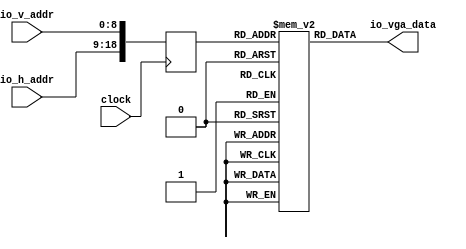
module vmem(
  input         clock,
  input  [9:0]  io_h_addr,
  input  [8:0]  io_v_addr,
  output [23:0] io_vga_data
);
`ifdef RANDOMIZE_REG_INIT
  reg [31:0] _RAND_0;
  reg [31:0] _RAND_1;
`endif // RANDOMIZE_REG_INIT
  reg [23:0] mem [0:524287]; // @[exp8.scala 76:26]
  wire  mem_io_vga_data_MPORT_en; // @[exp8.scala 76:26]
  wire [18:0] mem_io_vga_data_MPORT_addr; // @[exp8.scala 76:26]
  wire [23:0] mem_io_vga_data_MPORT_data; // @[exp8.scala 76:26]
  reg  mem_io_vga_data_MPORT_en_pipe_0;
  reg [18:0] mem_io_vga_data_MPORT_addr_pipe_0;
  assign mem_io_vga_data_MPORT_en = mem_io_vga_data_MPORT_en_pipe_0;
  assign mem_io_vga_data_MPORT_addr = mem_io_vga_data_MPORT_addr_pipe_0;
  assign mem_io_vga_data_MPORT_data = mem[mem_io_vga_data_MPORT_addr]; // @[exp8.scala 76:26]
  assign io_vga_data = mem_io_vga_data_MPORT_data; // @[exp8.scala 83:17]
  always @(posedge clock) begin
    mem_io_vga_data_MPORT_en_pipe_0 <= 1'h1;
    if (1'h1) begin
      mem_io_vga_data_MPORT_addr_pipe_0 <= {io_h_addr,io_v_addr};
    end
  end
// Register and memory initialization
`ifdef RANDOMIZE_GARBAGE_ASSIGN
`define RANDOMIZE
`endif
`ifdef RANDOMIZE_INVALID_ASSIGN
`define RANDOMIZE
`endif
`ifdef RANDOMIZE_REG_INIT
`define RANDOMIZE
`endif
`ifdef RANDOMIZE_MEM_INIT
`define RANDOMIZE
`endif
`ifndef RANDOM
`define RANDOM $random
`endif
  integer initvar;
`ifndef SYNTHESIS
`ifdef FIRRTL_BEFORE_INITIAL
`FIRRTL_BEFORE_INITIAL
`endif
initial begin
  `ifdef RANDOMIZE
    `ifdef INIT_RANDOM
      `INIT_RANDOM
    `endif
    `ifndef VERILATOR
      `ifdef RANDOMIZE_DELAY
        #`RANDOMIZE_DELAY begin end
      `else
        #0.002 begin end
      `endif
    `endif
`ifdef RANDOMIZE_REG_INIT
  _RAND_0 = {1{`RANDOM}};
  mem_io_vga_data_MPORT_en_pipe_0 = _RAND_0[0:0];
  _RAND_1 = {1{`RANDOM}};
  mem_io_vga_data_MPORT_addr_pipe_0 = _RAND_1[18:0];
`endif // RANDOMIZE_REG_INIT
  `endif // RANDOMIZE
  $readmemh("picture.hex", mem);
end // initial
`ifdef FIRRTL_AFTER_INITIAL
`FIRRTL_AFTER_INITIAL
`endif
`endif // SYNTHESIS
endmodule
module vga_ctrl(
  input         clock,
  input         reset,
  input  [23:0] io_vga_data,
  output [9:0]  io_h_addr,
  output [9:0]  io_v_addr,
  output        io_hsync,
  output        io_vsync,
  output        io_valid,
  output [7:0]  io_vga_r,
  output [7:0]  io_vga_g,
  output [7:0]  io_vga_b
);
`ifdef RANDOMIZE_REG_INIT
  reg [31:0] _RAND_0;
  reg [31:0] _RAND_1;
`endif // RANDOMIZE_REG_INIT
  reg [9:0] x_cnt; // @[exp8.scala 34:24]
  reg [9:0] y_cnt; // @[exp8.scala 35:24]
  wire  _T_1 = x_cnt == 10'h320; // @[exp8.scala 39:16]
  wire [9:0] _x_cnt_T_1 = x_cnt + 10'h1; // @[exp8.scala 44:24]
  wire  _T_6 = y_cnt == 10'h20d & _T_1; // @[exp8.scala 47:49]
  wire [9:0] _y_cnt_T_1 = y_cnt + 10'h1; // @[exp8.scala 52:24]
  wire  h_valid = x_cnt > 10'h90 & x_cnt <= 10'h310; // @[exp8.scala 57:56]
  wire  v_valid = y_cnt > 10'h23 & y_cnt <= 10'h203; // @[exp8.scala 58:56]
  wire [9:0] _io_h_addr_T_1 = x_cnt - 10'h91; // @[exp8.scala 61:37]
  wire [9:0] _io_v_addr_T_1 = y_cnt - 10'h24; // @[exp8.scala 62:37]
  assign io_h_addr = h_valid ? _io_h_addr_T_1 : 10'h0; // @[exp8.scala 61:21]
  assign io_v_addr = v_valid ? _io_v_addr_T_1 : 10'h0; // @[exp8.scala 62:21]
  assign io_hsync = x_cnt > 10'h60; // @[exp8.scala 55:23]
  assign io_vsync = y_cnt > 10'h2; // @[exp8.scala 56:23]
  assign io_valid = h_valid & v_valid; // @[exp8.scala 59:25]
  assign io_vga_r = io_vga_data[23:16]; // @[exp8.scala 64:28]
  assign io_vga_g = io_vga_data[15:8]; // @[exp8.scala 65:28]
  assign io_vga_b = io_vga_data[7:0]; // @[exp8.scala 66:28]
  always @(posedge clock) begin
    if (reset) begin // @[exp8.scala 34:24]
      x_cnt <= 10'h0; // @[exp8.scala 34:24]
    end else if (_T_1) begin // @[exp8.scala 40:5]
      x_cnt <= 10'h1; // @[exp8.scala 41:15]
    end else begin
      x_cnt <= _x_cnt_T_1; // @[exp8.scala 44:15]
    end
    if (reset) begin // @[exp8.scala 35:24]
      y_cnt <= 10'h0; // @[exp8.scala 35:24]
    end else if (_T_6) begin // @[exp8.scala 48:5]
      y_cnt <= 10'h1; // @[exp8.scala 49:15]
    end else if (_T_1) begin // @[exp8.scala 51:5]
      y_cnt <= _y_cnt_T_1; // @[exp8.scala 52:15]
    end
  end
// Register and memory initialization
`ifdef RANDOMIZE_GARBAGE_ASSIGN
`define RANDOMIZE
`endif
`ifdef RANDOMIZE_INVALID_ASSIGN
`define RANDOMIZE
`endif
`ifdef RANDOMIZE_REG_INIT
`define RANDOMIZE
`endif
`ifdef RANDOMIZE_MEM_INIT
`define RANDOMIZE
`endif
`ifndef RANDOM
`define RANDOM $random
`endif
`ifdef RANDOMIZE_MEM_INIT
  integer initvar;
`endif
`ifndef SYNTHESIS
`ifdef FIRRTL_BEFORE_INITIAL
`FIRRTL_BEFORE_INITIAL
`endif
initial begin
  `ifdef RANDOMIZE
    `ifdef INIT_RANDOM
      `INIT_RANDOM
    `endif
    `ifndef VERILATOR
      `ifdef RANDOMIZE_DELAY
        #`RANDOMIZE_DELAY begin end
      `else
        #0.002 begin end
      `endif
    `endif
`ifdef RANDOMIZE_REG_INIT
  _RAND_0 = {1{`RANDOM}};
  x_cnt = _RAND_0[9:0];
  _RAND_1 = {1{`RANDOM}};
  y_cnt = _RAND_1[9:0];
`endif // RANDOMIZE_REG_INIT
  `endif // RANDOMIZE
end // initial
`ifdef FIRRTL_AFTER_INITIAL
`FIRRTL_AFTER_INITIAL
`endif
`endif // SYNTHESIS
endmodule
module exp8(
  input        clock,
  input        reset,
  output       io_hsync,
  output       io_vsync,
  output       io_valid,
  output [7:0] io_vga_r,
  output [7:0] io_vga_g,
  output [7:0] io_vga_b
);
  wire  mem_clock; // @[exp8.scala 98:21]
  wire [9:0] mem_io_h_addr; // @[exp8.scala 98:21]
  wire [8:0] mem_io_v_addr; // @[exp8.scala 98:21]
  wire [23:0] mem_io_vga_data; // @[exp8.scala 98:21]
  wire  vga_ctrl_clock; // @[exp8.scala 99:26]
  wire  vga_ctrl_reset; // @[exp8.scala 99:26]
  wire [23:0] vga_ctrl_io_vga_data; // @[exp8.scala 99:26]
  wire [9:0] vga_ctrl_io_h_addr; // @[exp8.scala 99:26]
  wire [9:0] vga_ctrl_io_v_addr; // @[exp8.scala 99:26]
  wire  vga_ctrl_io_hsync; // @[exp8.scala 99:26]
  wire  vga_ctrl_io_vsync; // @[exp8.scala 99:26]
  wire  vga_ctrl_io_valid; // @[exp8.scala 99:26]
  wire [7:0] vga_ctrl_io_vga_r; // @[exp8.scala 99:26]
  wire [7:0] vga_ctrl_io_vga_g; // @[exp8.scala 99:26]
  wire [7:0] vga_ctrl_io_vga_b; // @[exp8.scala 99:26]
  vmem mem ( // @[exp8.scala 98:21]
    .clock(mem_clock),
    .io_h_addr(mem_io_h_addr),
    .io_v_addr(mem_io_v_addr),
    .io_vga_data(mem_io_vga_data)
  );
  vga_ctrl vga_ctrl ( // @[exp8.scala 99:26]
    .clock(vga_ctrl_clock),
    .reset(vga_ctrl_reset),
    .io_vga_data(vga_ctrl_io_vga_data),
    .io_h_addr(vga_ctrl_io_h_addr),
    .io_v_addr(vga_ctrl_io_v_addr),
    .io_hsync(vga_ctrl_io_hsync),
    .io_vsync(vga_ctrl_io_vsync),
    .io_valid(vga_ctrl_io_valid),
    .io_vga_r(vga_ctrl_io_vga_r),
    .io_vga_g(vga_ctrl_io_vga_g),
    .io_vga_b(vga_ctrl_io_vga_b)
  );
  assign io_hsync = vga_ctrl_io_hsync; // @[exp8.scala 105:14]
  assign io_vsync = vga_ctrl_io_vsync; // @[exp8.scala 106:14]
  assign io_valid = vga_ctrl_io_valid; // @[exp8.scala 107:14]
  assign io_vga_r = vga_ctrl_io_vga_r; // @[exp8.scala 108:14]
  assign io_vga_g = vga_ctrl_io_vga_g; // @[exp8.scala 109:14]
  assign io_vga_b = vga_ctrl_io_vga_b; // @[exp8.scala 110:14]
  assign mem_clock = clock;
  assign mem_io_h_addr = vga_ctrl_io_h_addr; // @[exp8.scala 101:19]
  assign mem_io_v_addr = vga_ctrl_io_v_addr[8:0]; // @[exp8.scala 102:40]
  assign vga_ctrl_clock = clock;
  assign vga_ctrl_reset = reset;
  assign vga_ctrl_io_vga_data = mem_io_vga_data; // @[exp8.scala 103:26]
endmodule